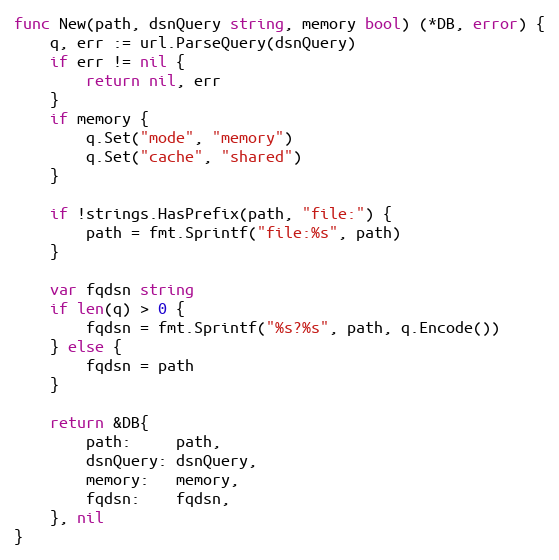
Language: Go
func New(path, dsnQuery string, memory bool) (*DB, error) {
	q, err := url.ParseQuery(dsnQuery)
	if err != nil {
		return nil, err
	}
	if memory {
		q.Set("mode", "memory")
		q.Set("cache", "shared")
	}

	if !strings.HasPrefix(path, "file:") {
		path = fmt.Sprintf("file:%s", path)
	}

	var fqdsn string
	if len(q) > 0 {
		fqdsn = fmt.Sprintf("%s?%s", path, q.Encode())
	} else {
		fqdsn = path
	}

	return &DB{
		path:     path,
		dsnQuery: dsnQuery,
		memory:   memory,
		fqdsn:    fqdsn,
	}, nil
}